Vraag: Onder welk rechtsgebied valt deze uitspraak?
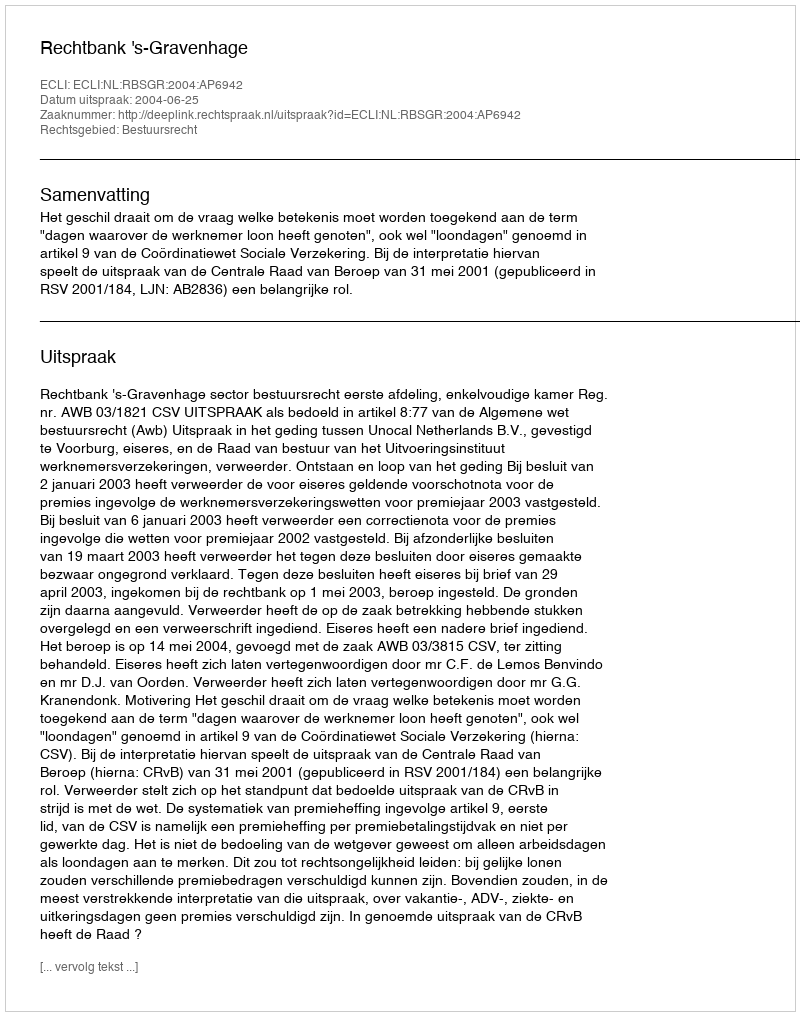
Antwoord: Bestuursrecht